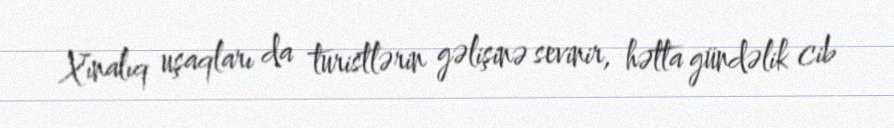
Xınalıq uşaqları da turistlərin gəlişinə sevinir, hətta gündəlik cib